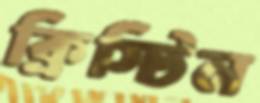
ক্রিস্টিন